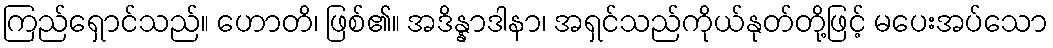
ကြည်ရှောင်သည်။ ဟောတိ၊ ဖြစ်၏။ အဒိန္နာဒါနာ၊ အရှင်သည်ကိုယ်နုတ်တို့ဖြင့် မပေးအပ်သော